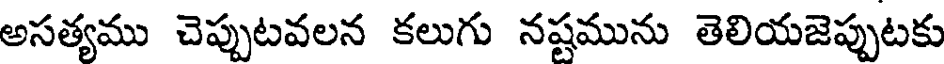
అసత్యము చెప్పుటవలన కలుగు నష్టమును తెలియజెప్పుటకు